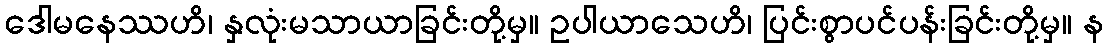
ဒေါမနေဿဟိ၊ နှလုံးမသာယာခြင်းတို့မှ။ ဥပါယာသေဟိ၊ ပြင်းစွာပင်ပန်းခြင်းတို့မှ။ န